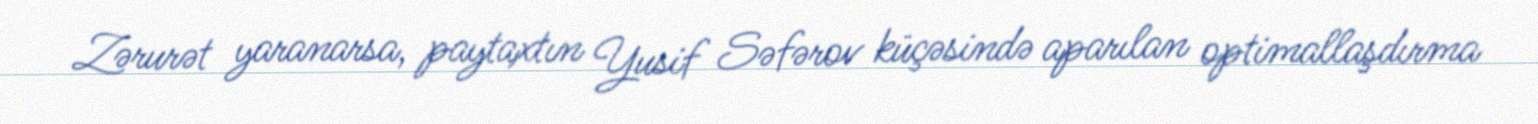
Zərurət yaranarsa, paytaxtın Yusif Səfərov küçəsində aparılan optimallaşdırma